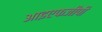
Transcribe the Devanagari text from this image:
आइएफजीपी